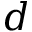
d